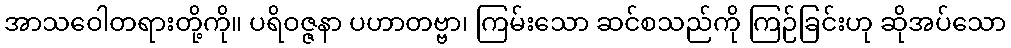
အာသဝေါတရားတို့ကို။ ပရိဝဇ္ဇနာ ပဟာတဗ္ဗာ၊ ကြမ်းသော ဆင်စသည်ကို ကြဉ်ခြင်းဟု ဆိုအပ်သော